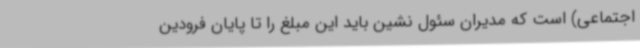
اجتماعی) است که مدیران سئول نشین باید این مبلغ را تا پایان فرودین